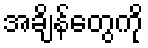
အချိန်တွေကို